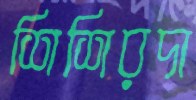
শিশিরদা